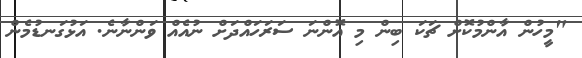
"މީހުން އާންމުކޮށް ޗަކަ ބިން މި އޮންނަ ސަރަހައްދަށް ނުއެއް ވަންނާނެ. އަޅުގަނޑުމެން